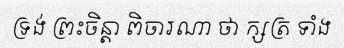
ទ្រង់ ព្រះចិន្តា ពិចារណា ថា ក្សត្រ ទាំង